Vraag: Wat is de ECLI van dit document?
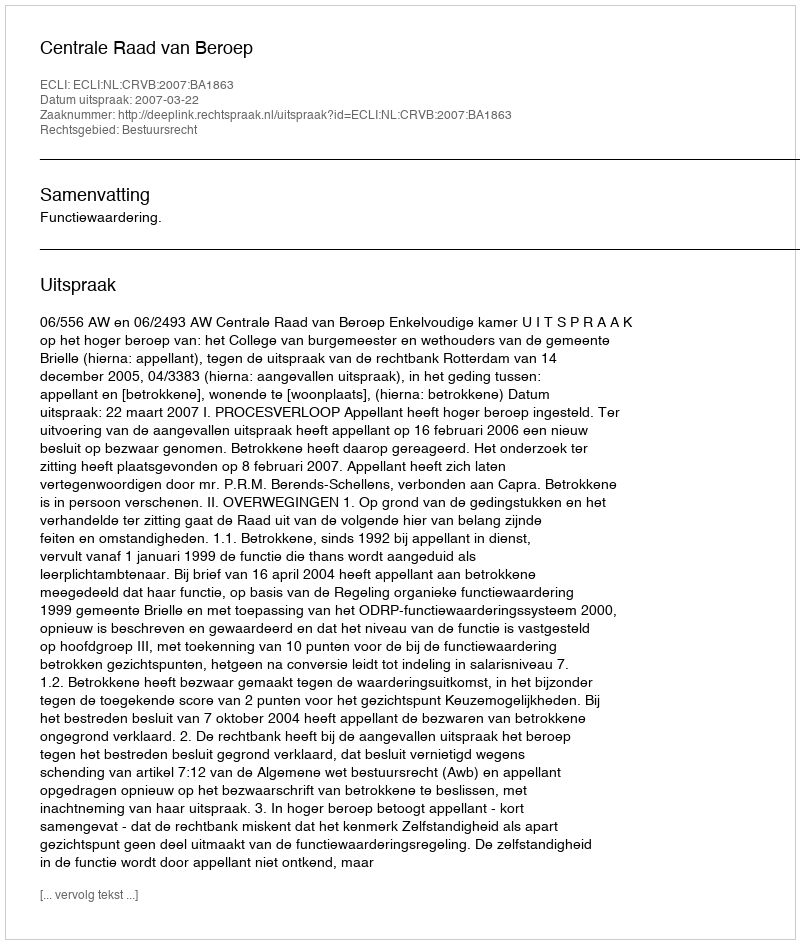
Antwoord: ECLI:NL:CRVB:2007:BA1863